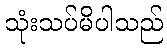
သုံးသပ်မိပါသည်